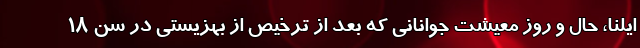
ایلنا، حال و روز معیشت جوانانی که بعد از ترخیص از بهزیستی در سن ۱۸